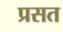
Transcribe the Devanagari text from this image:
प्रसत